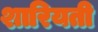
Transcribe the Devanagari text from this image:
शारियती